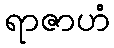
ရာဇာဟံ